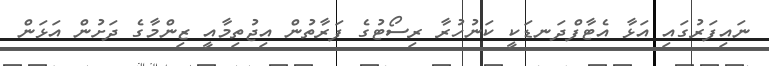
ނައިފަރުގައި އަޅާ އެޓާފްދަނޑަކީ ކަނުހުރާ ރިސޯޓުގެ ފަރާތުން އިޖުތިމާއީ ޒިންމާގެ ދަށުން އަޅަން